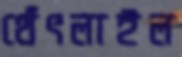
থেঁৎলাইল